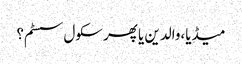
میڈیا،والدین یا پھر سکول سسٹم؟